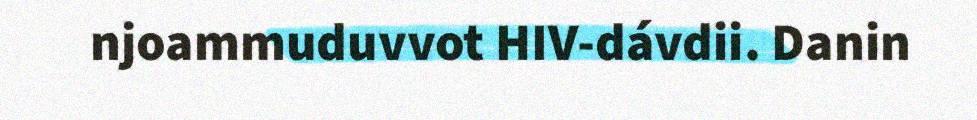
njoammuduvvot HIV-dávdii. Danin